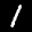
Digit: 1